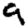
Digit: 9